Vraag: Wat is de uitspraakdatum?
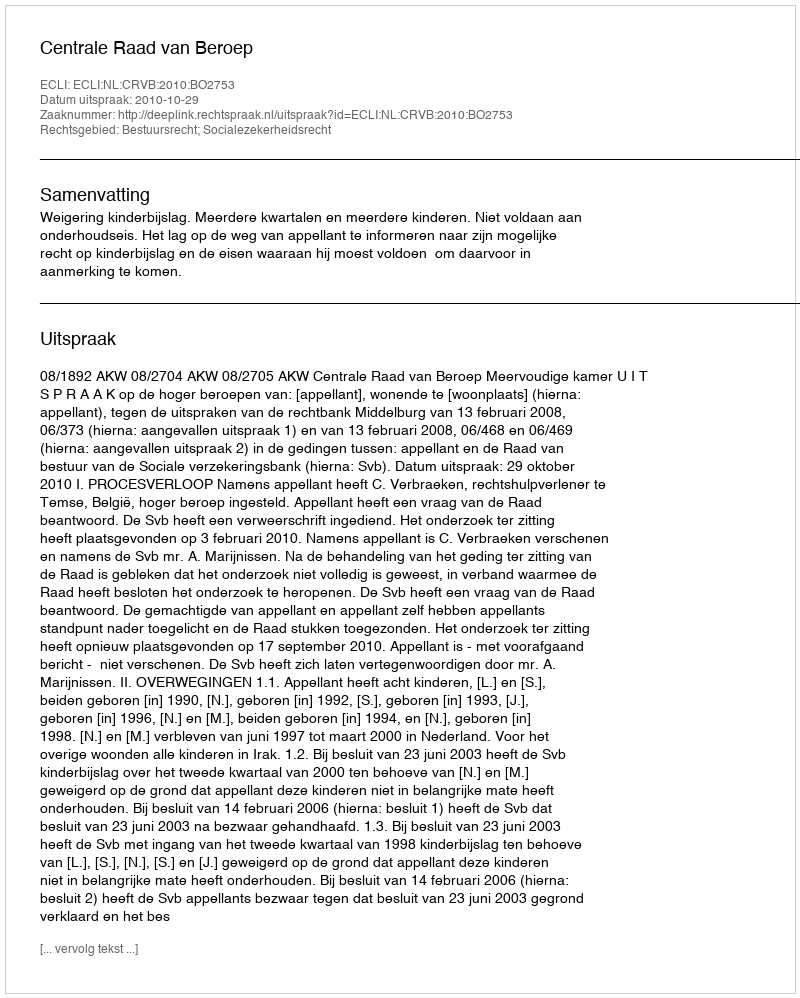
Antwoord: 2010-10-29